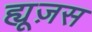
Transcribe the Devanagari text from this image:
ह्यूज़स